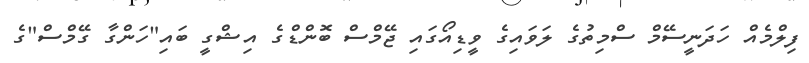
ފިލްމެއް ހަދަނީސޭމް ސްމިތުގެ ލަވައިގެ ވީޑިއޯގައި ޖޭމްސް ބޮންޑްގެ އިޝްގީ ބައި"ހަންގާ ގޭމްސް"ގެ